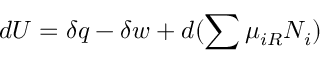
d U = \delta q - \delta w + d ( \sum \mu _ { i R } N _ { i } )